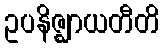
ဥပနိဇ္ဈာယတီတိ